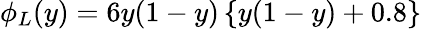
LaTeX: {\phi}_{L}(y)=6y(1-y)\left\{ y(1-y)+0.8\right\}